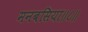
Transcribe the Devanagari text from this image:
मनबसिया॥८॥